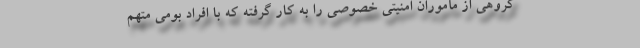
گروهی از مأموران امنیتی خصوصی را به کار گرفته که با افراد بومی متهم